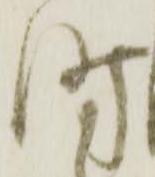
時